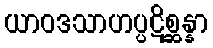
ယာဝဒသာဟပ္ပဋိစ္ဆန္နာ